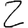
Digit: 2